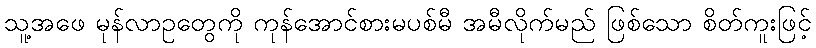
သူ့အဖေ မုန်လာဥတွေကို ကုန်အောင်စားမပစ်မီ အမီလိုက်မည် ဖြစ်သော စိတ်ကူးဖြင့်